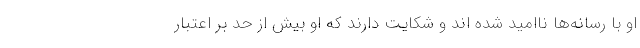
او با رسانه‌ها ناامید شده اند و شکایت دارند که او بیش از حد بر اعتبار